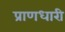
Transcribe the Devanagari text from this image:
प्राणधारी